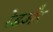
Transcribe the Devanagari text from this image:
रेडऔर